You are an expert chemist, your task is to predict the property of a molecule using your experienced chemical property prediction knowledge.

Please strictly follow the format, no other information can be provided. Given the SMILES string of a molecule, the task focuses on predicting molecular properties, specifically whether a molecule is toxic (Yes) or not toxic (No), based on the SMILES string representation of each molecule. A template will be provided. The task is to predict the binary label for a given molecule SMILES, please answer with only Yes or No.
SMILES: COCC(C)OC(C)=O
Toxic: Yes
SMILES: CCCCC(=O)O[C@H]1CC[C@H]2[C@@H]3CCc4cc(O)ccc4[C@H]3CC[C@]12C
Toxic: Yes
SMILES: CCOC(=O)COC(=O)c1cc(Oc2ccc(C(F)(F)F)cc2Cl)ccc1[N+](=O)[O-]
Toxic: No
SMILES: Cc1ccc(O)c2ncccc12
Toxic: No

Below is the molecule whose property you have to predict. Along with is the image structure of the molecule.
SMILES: Fc1ccc(C(OCCN2CCN(CCCc3ccccc3)CC2)c2ccc(F)cc2)cc1
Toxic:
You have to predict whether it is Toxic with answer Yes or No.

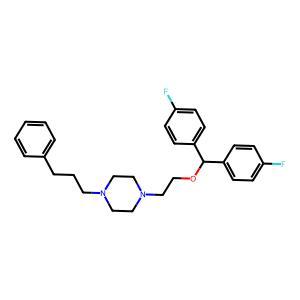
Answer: No